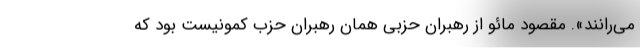
می‌رانند». مقصود مائو از رهبران حزبی همان رهبران حزب کمونیست بود که